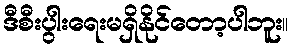
ဒီစီးပွါးရေးမရှိနိုင်တော့ပါဘူး။